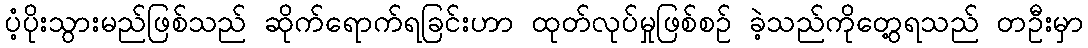
ပံ့ပိုးသွားမည်ဖြစ်သည် ဆိုက်ရောက်ရခြင်းဟာ ထုတ်လုပ်မှုဖြစ်စဉ် ခဲ့သည်ကိုတွေ့ရသည် တဦးမှာ